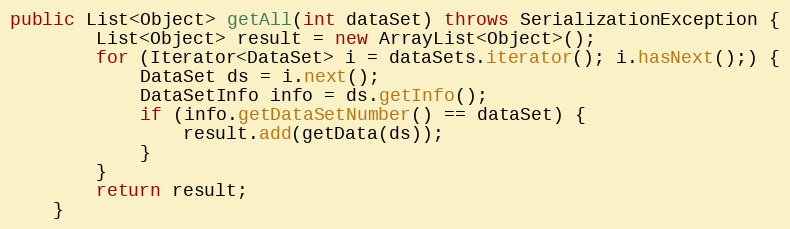
Language: Java
public List<Object> getAll(int dataSet) throws SerializationException {
		List<Object> result = new ArrayList<Object>();
		for (Iterator<DataSet> i = dataSets.iterator(); i.hasNext();) {
			DataSet ds = i.next();
			DataSetInfo info = ds.getInfo();
			if (info.getDataSetNumber() == dataSet) {
				result.add(getData(ds));
			}
		}
		return result;
	}